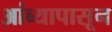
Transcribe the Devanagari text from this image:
आंब्यापासून